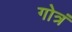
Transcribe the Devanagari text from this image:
गोत्रं